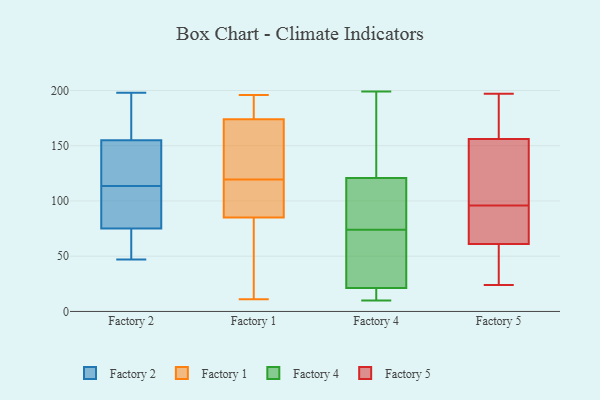
{"axis": {"x": "Market Share (%)", "y": "Value"}, "legend": ["Factory 1", "Factory 2", "Factory 4", "Factory 5"], "data": [{"x": "", "y": 81, "type": "Factory 2"}, {"x": "", "y": 47, "type": "Factory 2"}, {"x": "", "y": 75, "type": "Factory 2"}, {"x": "", "y": 66, "type": "Factory 2"}, {"x": "", "y": 115, "type": "Factory 2"}, {"x": "", "y": 155, "type": "Factory 2"}, {"x": "", "y": 112, "type": "Factory 2"}, {"x": "", "y": 198, "type": "Factory 2"}, {"x": "", "y": 128, "type": "Factory 2"}, {"x": "", "y": 193, "type": "Factory 2"}, {"x": "", "y": 196, "type": "Factory 1"}, {"x": "", "y": 11, "type": "Factory 1"}, {"x": "", "y": 140, "type": "Factory 1"}, {"x": "", "y": 120, "type": "Factory 1"}, {"x": "", "y": 165, "type": "Factory 1"}, {"x": "", "y": 85, "type": "Factory 1"}, {"x": "", "y": 97, "type": "Factory 1"}, {"x": "", "y": 174, "type": "Factory 1"}, {"x": "", "y": 119, "type": "Factory 1"}, {"x": "", "y": 108, "type": "Factory 1"}, {"x": "", "y": 191, "type": "Factory 1"}, {"x": "", "y": 55, "type": "Factory 1"}, {"x": "", "y": 187, "type": "Factory 1"}, {"x": "", "y": 101, "type": "Factory 1"}, {"x": "", "y": 48, "type": "Factory 1"}, {"x": "", "y": 178, "type": "Factory 1"}, {"x": "", "y": 52, "type": "Factory 1"}, {"x": "", "y": 151, "type": "Factory 1"}, {"x": "", "y": 13, "type": "Factory 4"}, {"x": "", "y": 17, "type": "Factory 4"}, {"x": "", "y": 197, "type": "Factory 4"}, {"x": "", "y": 145, "type": "Factory 4"}, {"x": "", "y": 74, "type": "Factory 4"}, {"x": "", "y": 34, "type": "Factory 4"}, {"x": "", "y": 10, "type": "Factory 4"}, {"x": "", "y": 86, "type": "Factory 4"}, {"x": "", "y": 17, "type": "Factory 4"}, {"x": "", "y": 124, "type": "Factory 4"}, {"x": "", "y": 45, "type": "Factory 4"}, {"x": "", "y": 103, "type": "Factory 4"}, {"x": "", "y": 35, "type": "Factory 4"}, {"x": "", "y": 199, "type": "Factory 4"}, {"x": "", "y": 111, "type": "Factory 4"}, {"x": "", "y": 27, "type": "Factory 5"}, {"x": "", "y": 87, "type": "Factory 5"}, {"x": "", "y": 121, "type": "Factory 5"}, {"x": "", "y": 103, "type": "Factory 5"}, {"x": "", "y": 156, "type": "Factory 5"}, {"x": "", "y": 31, "type": "Factory 5"}, {"x": "", "y": 115, "type": "Factory 5"}, {"x": "", "y": 75, "type": "Factory 5"}, {"x": "", "y": 178, "type": "Factory 5"}, {"x": "", "y": 89, "type": "Factory 5"}, {"x": "", "y": 55, "type": "Factory 5"}, {"x": "", "y": 186, "type": "Factory 5"}, {"x": "", "y": 66, "type": "Factory 5"}, {"x": "", "y": 24, "type": "Factory 5"}, {"x": "", "y": 172, "type": "Factory 5"}, {"x": "", "y": 197, "type": "Factory 5"}, {"x": "", "y": 61, "type": "Factory 5"}, {"x": "", "y": 139, "type": "Factory 5"}]}